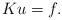
LaTeX: \begin{align*} Ku = f. \end{align*}